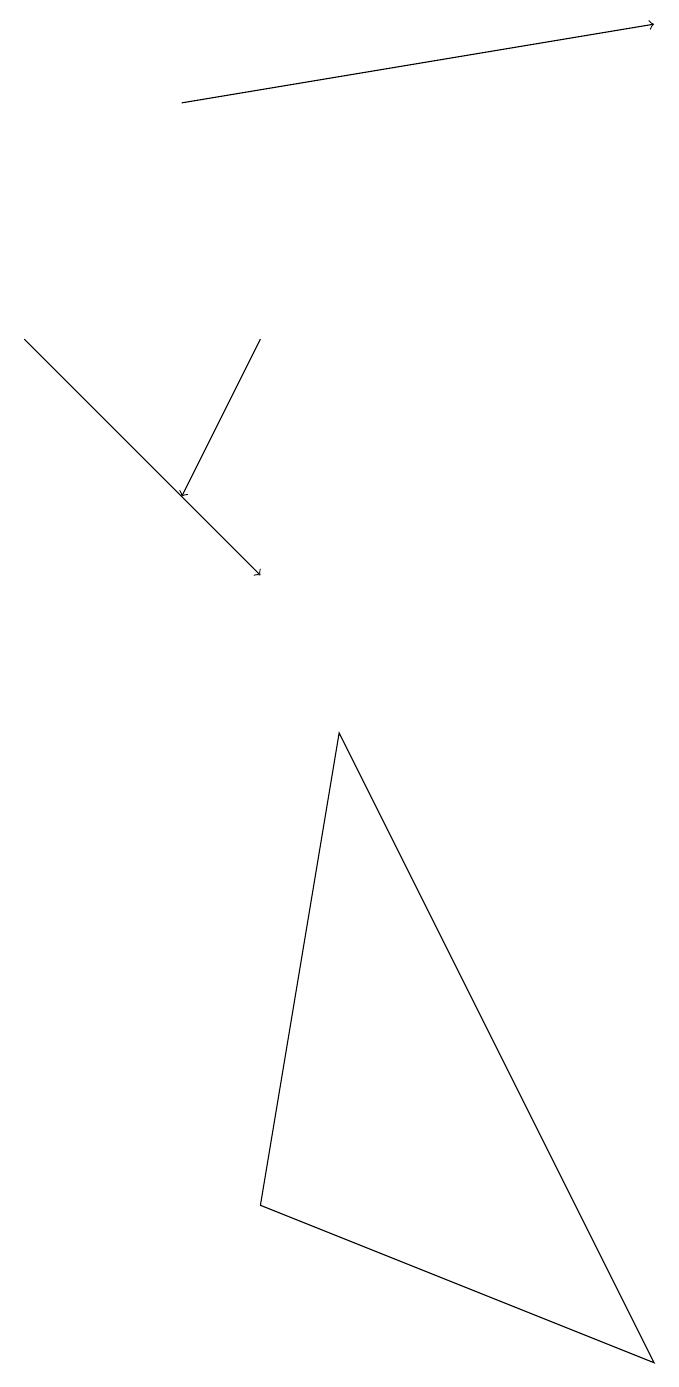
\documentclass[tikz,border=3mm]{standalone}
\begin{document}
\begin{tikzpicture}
\draw[->] (4,14) -- (3,12);
\draw (9,1) -- (5,9) -- (4,3) -- cycle;
\draw[->] (3,17) -- (9,18);
\draw[->] (1,14) -- (4,11);
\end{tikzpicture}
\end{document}